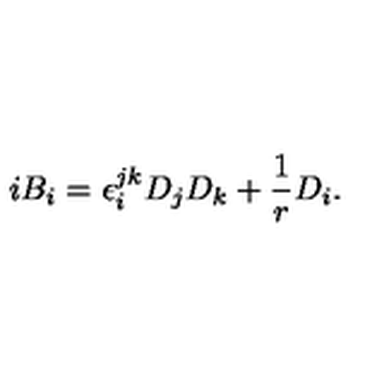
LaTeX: i B _ { i } = \epsilon _ { i } ^ { j k } D _ { j } D _ { k } + \frac { 1 } { r } D _ { i } .